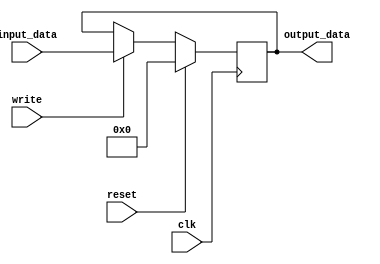
`timescale 1ns / 1ps

// Registers for PC, IR, A, B, ALUOut
module holding_reg(output_data, input_data, write, clk, reset);

// data size
parameter word_size = 32;

// inputs
input [word_size-1:0] input_data;
input	write, clk, reset;

// outputs
output [word_size-1:0] output_data;

// Register content and output assignment
reg [word_size-1:0] content;
assign output_data = content;

// update regisiter contents
always @(posedge clk) begin
	if (reset) begin
		content <= 0;
	end
	else if (write) begin
		content <= input_data;
	end
end

endmodule